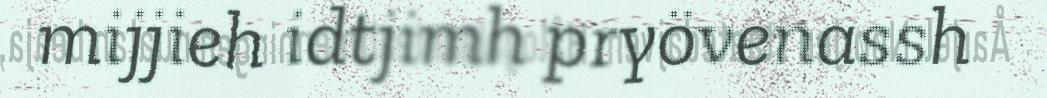
mijjieh idtjimh pryövenassh